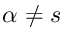
\alpha \neq s